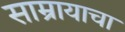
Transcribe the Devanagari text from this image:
साम्रायाचा